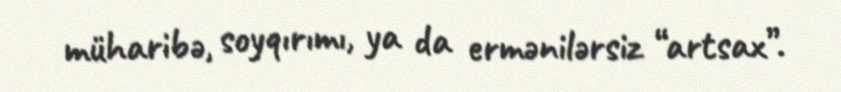
müharibə, soyqırımı, ya da ermənilərsiz “artsax”.